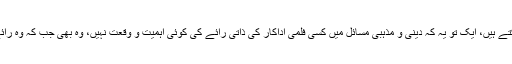
اس کے جواب دو طرح سے ہو سکتے ہیں، ایک تو یہ کہ دینی و مذہبی مسائل میں کسی فلمی اداکار کی ذاتی رائے کی کوئی اہمیت و وقعت نہیں، وہ بھی جب کہ وہ رائے کم علمی یا کج فہمی پر مبنی ہو۔